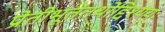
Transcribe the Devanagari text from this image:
प्रेतीभूतंतथोद्दिश्ययः